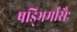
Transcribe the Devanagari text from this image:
षड्भिर्मासैः